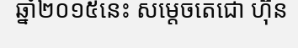
ឆ្នាំ២០១៥នេះ សម្តេចតេជោ ហ៊ុន